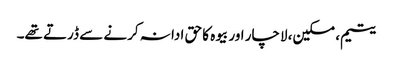
یتیم، مسکین، لاچار اور بیوہ کا حق ادا نہ کرنے سے ڈرتے تھے۔